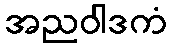
အညဝါဒကံ